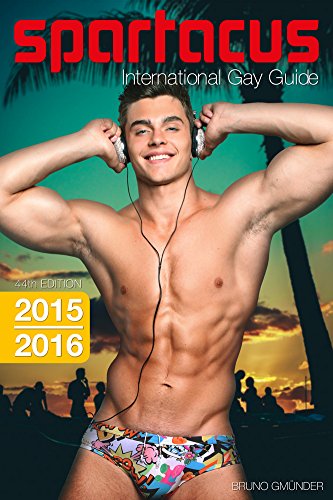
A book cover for Spartacus International Gay Guide 2015; Briand Bedford; Gay & Lesbian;